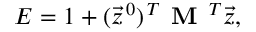
E = 1 + ( \vec { z } ^ { \, 0 } ) ^ { \, T } \textbf { M } ^ { \, T } \vec { z } ,